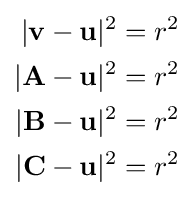
{\begin{aligned}|\mathbf {v} -\mathbf {u} |^{2}&=r^{2}\\|\mathbf {A} -\mathbf {u} |^{2}&=r^{2}\\|\mathbf {B} -\mathbf {u} |^{2}&=r^{2}\\|\mathbf {C} -\mathbf {u} |^{2}&=r^{2}\end{aligned}}